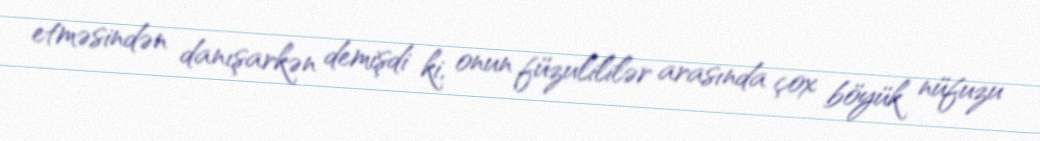
etməsindən danışarkən demişdi ki, onun füzulililər arasında çox böyük nüfuzu